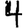
Digit: 4